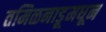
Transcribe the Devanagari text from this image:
तमिळनाडूमधून